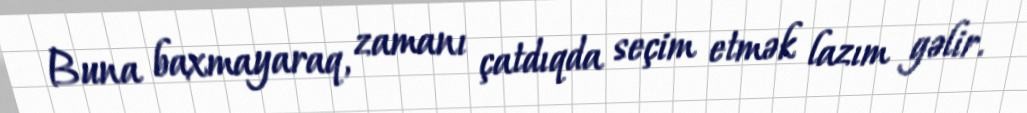
Buna baxmayaraq, zamanı çatdıqda seçim etmək lazım gəlir.